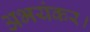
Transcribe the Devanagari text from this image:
अभयंकर।